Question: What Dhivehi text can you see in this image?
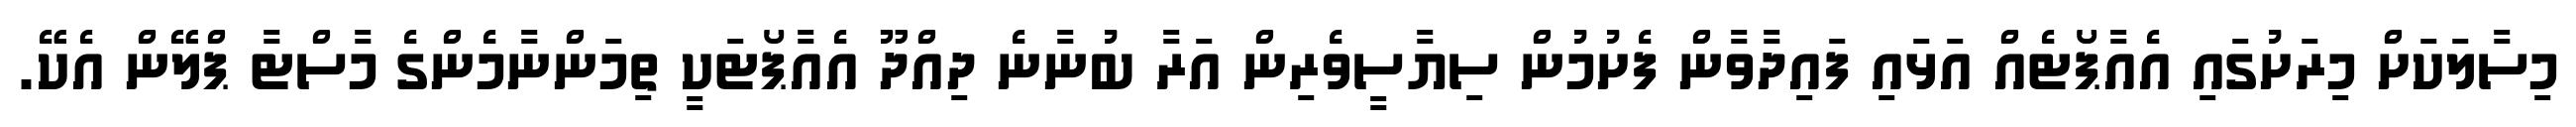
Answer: މިސާލަކަށް މިރަށުގައި އެއާޕޯޓެއް އަޅައި ފައިދާވާން ފެށުމުން ސިޔާސީވެރިން އަރާ ބުނާނެ ދިއްދޫ އެއާޕޯޓަކީ ތިމަންނާމެންގެ މާސްޓާ ޕްލޭން އެކޭ.